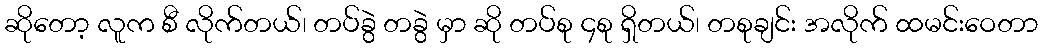
ဆိုတော့ လူက စီ လိုက်တယ်၊ တပ်ခွဲ တခွဲ မှာ ဆို တပ်စု ၄စု ရှိတယ်၊ တစုချင်း အလိုက် ထမင်းဝေတာ